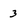
Character: 3